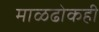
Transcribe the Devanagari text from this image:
माळढोकही